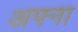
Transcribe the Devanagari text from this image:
अफ्ना